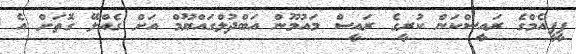
ޕީޕީއެމްގެ ރައީސްކަން ކުރީގެ ރައީސް މައުމޫން އަބްދުލްގައްޔޫމް އަށް ގެއްލޭ ގޮތަށް އެ